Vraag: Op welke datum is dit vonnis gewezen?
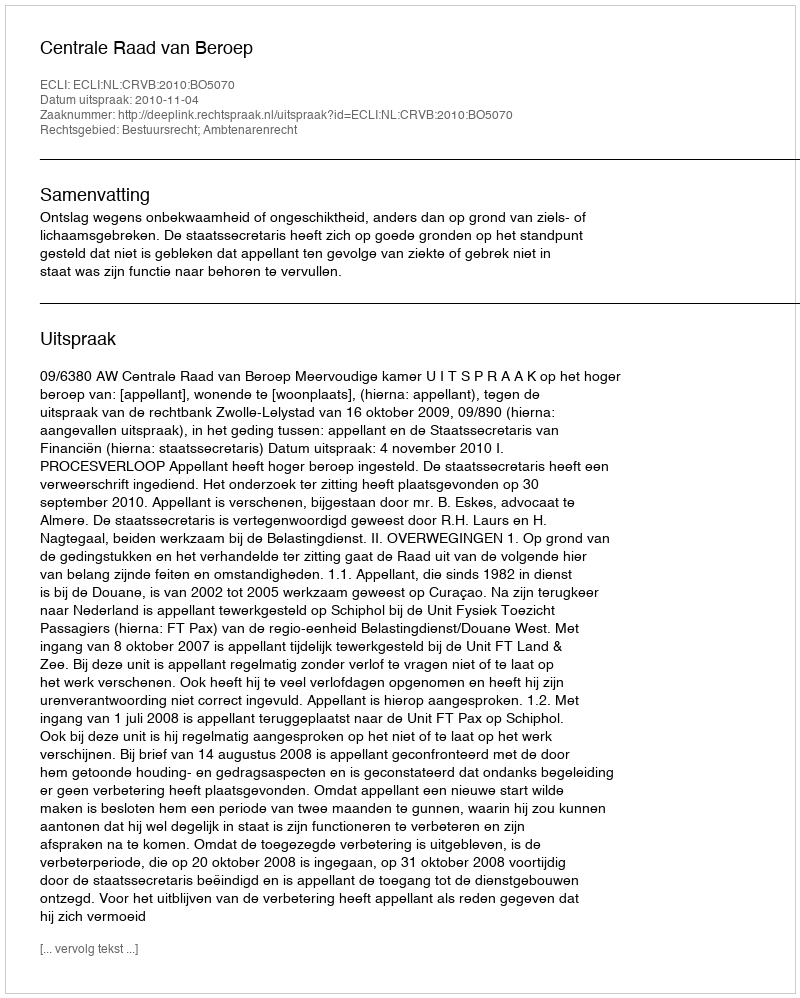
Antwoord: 2010-11-04